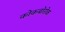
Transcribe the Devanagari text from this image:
कोकबोरोक